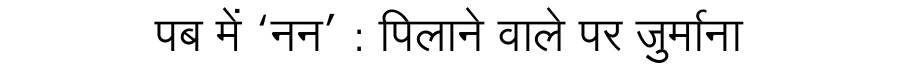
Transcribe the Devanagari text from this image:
पब में ‘नन’ : पिलाने वाले पर जुर्माना